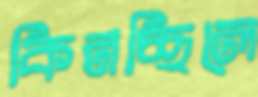
কিনচ্ছিলে